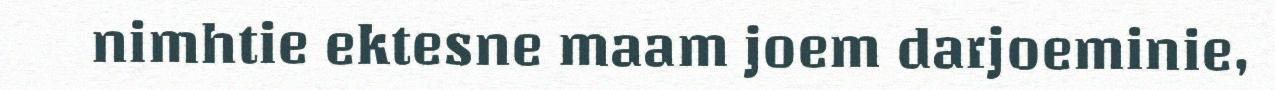
nimhtie ektesne maam joem darjoeminie,